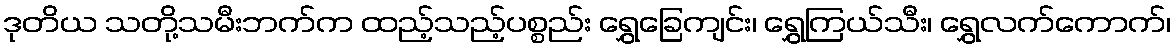
ဒုတိယ သတို့သမီးဘက်က ထည့်သည့်ပစ္စည်း ရွှေခြေကျင်း၊ ရွှေကြယ်သီး၊ ရွှေလက်ကောက်၊